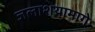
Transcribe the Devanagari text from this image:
जलाशयामागे